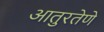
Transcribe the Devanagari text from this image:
आतुरतेणे